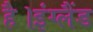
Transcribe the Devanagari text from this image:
है।इंग्लैंड